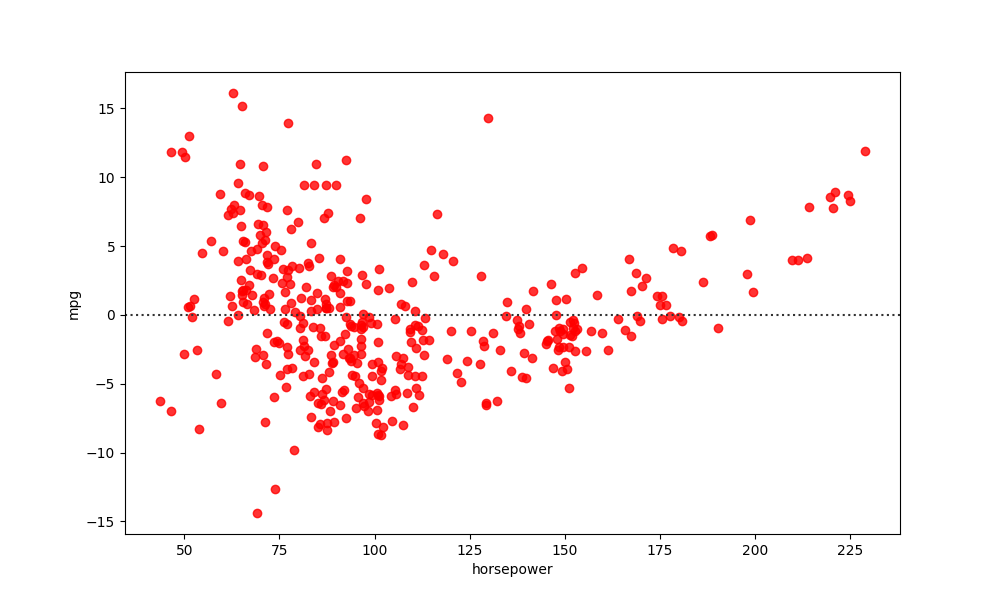
python, seaborn, residplot, lowess=False, scatter_color=red